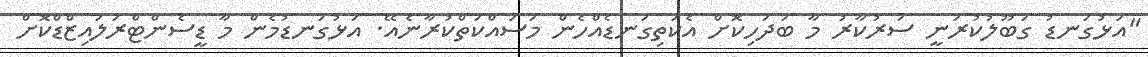
"އަޅުގަނޑު ގަބޫލުކުރަނީ ސަރުކާރު މާ ބަދަހިކޮށް އެކަތިގަނޑެއްހެން މަސައްކަތްކުރާނެއޭ. އަޅުގަނޑުމެން މާ ޑީސެންޓްރަލައިޒްޑްކޮށް